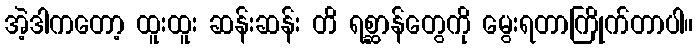
အဲ့ဒါကတော့ ထူးထူး ဆန်းဆန်း တိ ရစ္ဆာန်တွေကို မွေးရတာကြိုက်တာပါ။